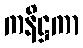
ကနိဋ္ဌကာ